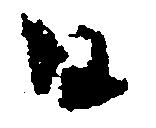
日